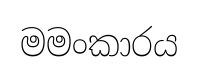
මමංකාරය